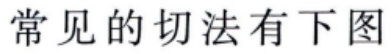
常见的切法有下图